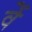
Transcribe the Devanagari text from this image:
वेें